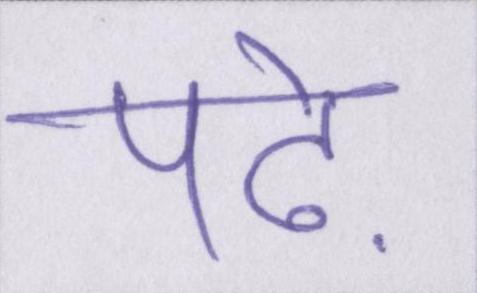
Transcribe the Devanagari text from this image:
पढ़े